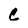
Character: C